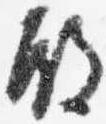
殿